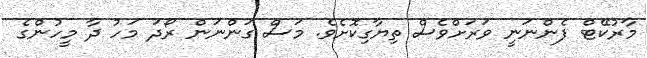
މާރުކޭޓް ފެންނަނީ ވަރަށްވެސް ތިޔާގިކޮށެވެ. މަސް ގަންނަން ރޯދަ މަހު ދާ މީހުންގެ